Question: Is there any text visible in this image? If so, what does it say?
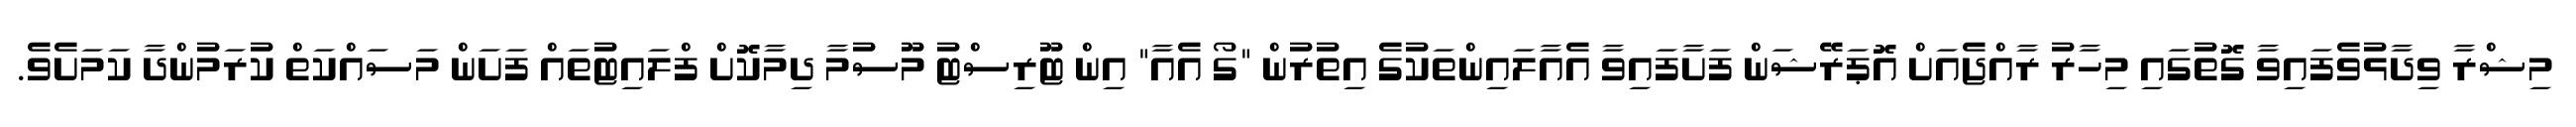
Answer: މިޝްރާ ވިދާޅުވެފައިވާ ގޮތުގައި މިހާރު ރާއްޖެއަށް އޮޕަރޭޝަން ފަށާފައިވާ އެއާލައިންތަކުގެ އިތުރުން "ގޯ އެއާ" އިން ޓޫރިސްޓު މޫސުމާ ދިމާކޮށް ފްލައިޓުތައް ފަށަން މަސައްކަތް ކުރަމުންދާ ކަމަށެވެ.